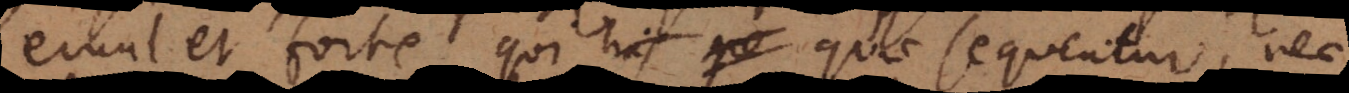
erunt et forte qui quae sequentur, nec